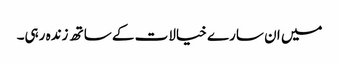
میں ان سارے خیالات کے ساتھ زندہ رہی۔